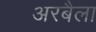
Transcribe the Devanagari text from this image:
अरबैला